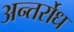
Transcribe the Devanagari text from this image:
अन्तर्रोध